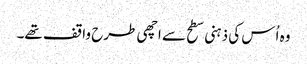
وہ اُس کی ذہنی سطح سے اچھی طرح واقف تھے۔